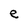
Character: e